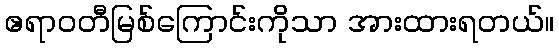
ဧရာဝတီမြစ်ကြောင်းကိုသာ အားထားရတယ်။